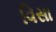
વિસા